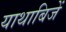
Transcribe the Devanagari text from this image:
याथाबिजें